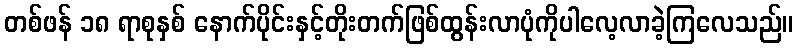
တစ်ဖန် ၁၈ ရာစုနှစ် နောက်ပိုင်းနှင့်တိုးတက်ဖြစ်ထွန်းလာပုံကိုပါလေ့လာခဲ့ကြလေသည်။